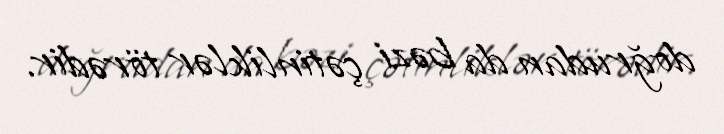
doğrudan da bəzi çətinliklər törədir.